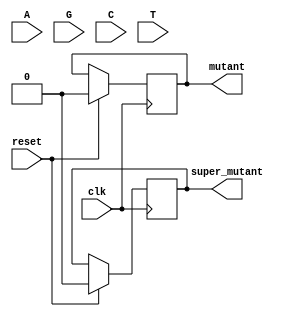
module ex4(
    output  reg mutant,
    output  reg super_mutant,
    input       A,
    input       G,
    input       C,
    input       T,
    input       reset,
    input       clk
    );

    localparam STATE_0 = 0;
    localparam STATE_1 = 1;
    localparam STATE_2 = 2;
    localparam STATE_3 = 3;
    localparam STATE_4 = 4;
    localparam STATE_5 = 5;
    localparam STATE_6 = 6;

    reg [2:0]   currentState;

    // TODO: folositi debouncer pentru cele 4 butoane

    always @(posedge clk) begin
        if (reset) begin
            currentState <= STATE_0;
            mutant <= 0;
            super_mutant <= 0;

            A_pressed <= 0;
            G_pressed <= 0;
            C_pressed <= 0;
            T_pressed <= 0;
        end else begin

            // TODO: completati pentru fiecare stare in parte tranzitiile pe fiecare simbol
            
        end
    end
endmodule